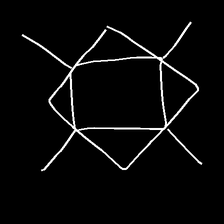
Glyph: light